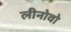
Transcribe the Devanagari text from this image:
लीनोवो